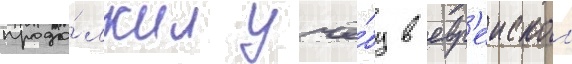
продо́лжил учё́бу в евр'еискои